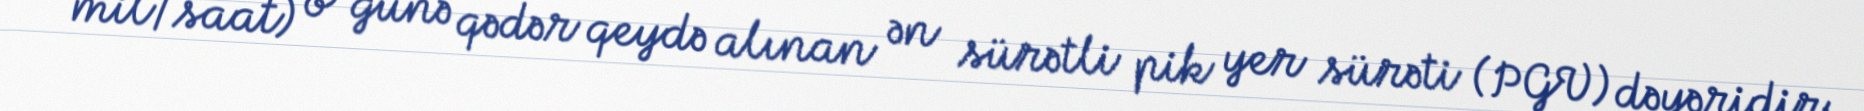
mil/saat) o günə qədər qeydə alınan ən sürətli pik yer sürəti (PGV) dəyəridir.